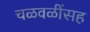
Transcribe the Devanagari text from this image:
चळवळींसह